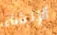
الإنشاء